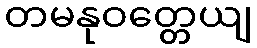
တမနုဝတ္တေယျ